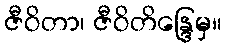
ဇီဝိတာ၊ ဇီဝိတိန္ဒြေမှ။